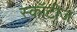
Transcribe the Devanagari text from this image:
स्कॉटीज